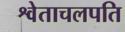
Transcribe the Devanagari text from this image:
श्वेताचलपति